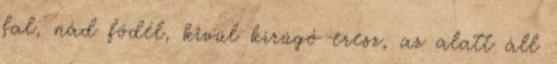
fal, nád födél, kívül kirúgó eresz, az alatt áll